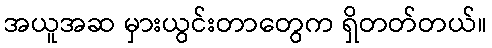
အယူအဆ မှားယွင်းတာတွေက ရှိတတ်တယ်။